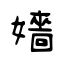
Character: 嬙